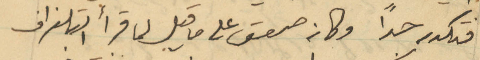
فتكدر جداً وكان صعق على ما قيل لما قرأ التلغراف